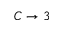
C \to 3